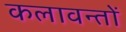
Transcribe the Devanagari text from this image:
कलावन्तों